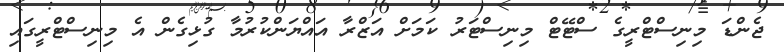
ޖެންޑަ މިނިސްޓްރީގެ ސްޓޭޓް މިނިސްޓަރު ކަމަށް އަޒްރާ އައްޔަންކުރުމާ ގުޅިގެން އެ މިނިސްޓްރީގައި